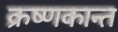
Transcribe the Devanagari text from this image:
क्रष्णकान्त